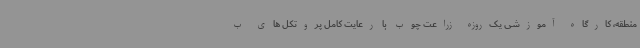
منطقه، کارگاه آموزشی یک‌روزه زراعت چوب با رعایت کامل پروتکل های ب